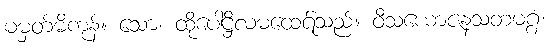
မမှတ်မိကုန်။ သော၊ ထိုပေါဋ္ဌိလမထေရ်သည်။ ဝီသယောဇနသတမဂ္ဂံ၊